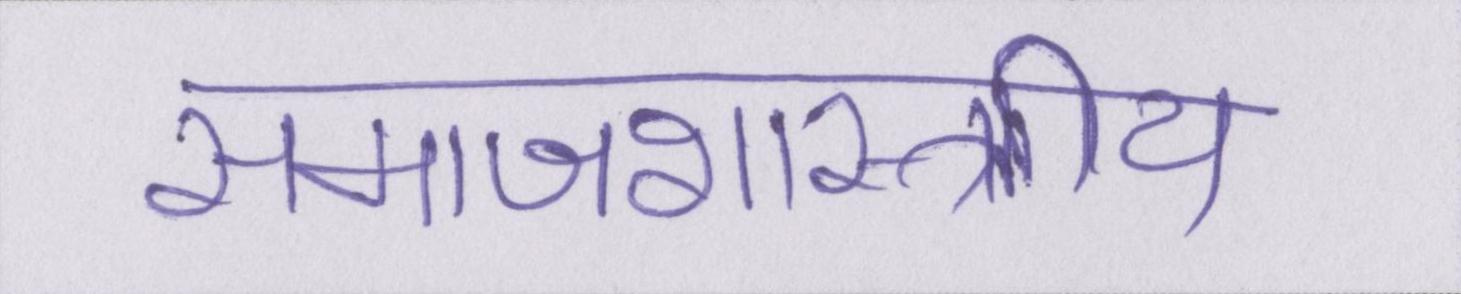
समाजशास्त्राीय